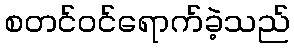
စတင်ဝင်ရောက်ခဲ့သည်